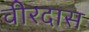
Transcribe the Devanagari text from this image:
वीरदास